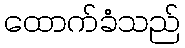
ထောက်ခံသည်